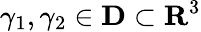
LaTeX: \gamma_{1},\gamma_{2}\in\mathbf{D}\subset\mathbf{R}^{3}